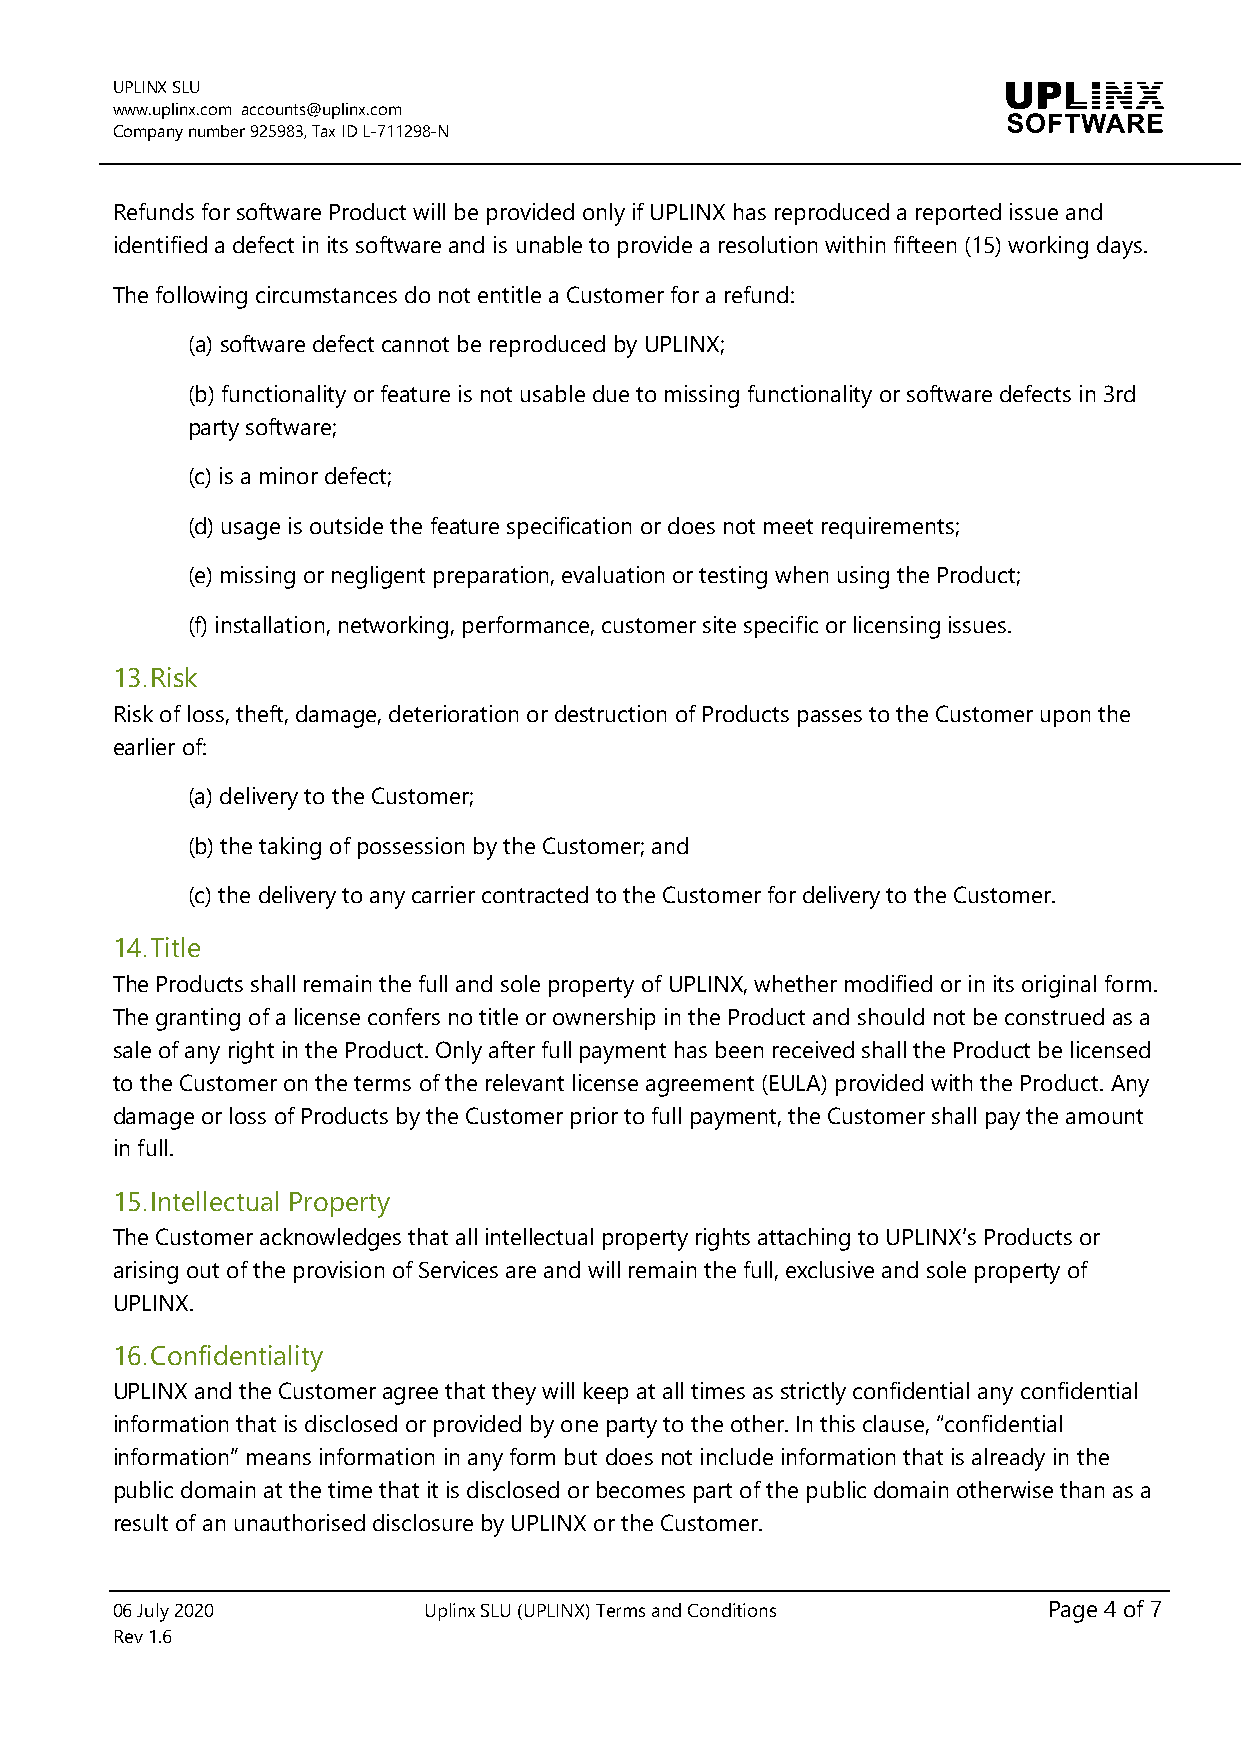
UPLINX SLU
 www.uplinx.com accounts@uplinx.com
 Company number 925983, Tax ID L-711298-N
 Refunds for software Product will be provided only if UPLINX has reproduced a reported issue and
 identified a defect in its software and is unable to provide a resolution within fifteen (15) working days.
 The following circumstances do not entitle a Customer for a refund:
 (a) software defect cannot be reproduced by UPLINX;
 (b) functionality or feature is not usable due to missing functionality or software defects in 3rd
 party software;
 (c) is a minor defect;
 (d) usage is outside the feature specification or does not meet requirements;
 (e) missing or negligent preparation, evaluation or testing when using the Product;
 (f) installation, networking, performance, customer site specific or licensing issues.
 13. Risk
 Risk of loss, theft, damage, deterioration or destruction of Products passes to the Customer upon the
 earlier of:
 (a) delivery to the Customer;
 (b) the taking of possession by the Customer; and
 (c) the delivery to any carrier contracted to the Customer for delivery to the Customer.
 14. Title
 The Products shall remain the full and sole property of UPLINX, whether modified or in its original form.
 The granting of a license confers no title or ownership in the Product and should not be construed as a
 sale of any right in the Product. Only after full payment has been received shall the Product be licensed
 to the Customer on the terms of the relevant license agreement (EULA) provided with the Product. Any
 damage or loss of Products by the Customer prior to full payment, the Customer shall pay the amount
 in full.
 15. Intellectual Property
 The Customer acknowledges that all intellectual property rights attaching to UPLINX’s Products or
 arising out of the provision of Services are and will remain the full, exclusive and sole property of
 UPLINX.
 16. Confidentiality
 UPLINX and the Customer agree that they will keep at all times as strictly confidential any confidential
 information that is disclosed or provided by one party to the other. In this clause, “confidential
 information” means information in any form but does not include information that is already in the
 public domain at the time that it is disclosed or becomes part of the public domain otherwise than as a
 result of an unauthorised disclosure by UPLINX or the Customer.
 06 July 2020         Uplinx SLU (UPLINX) Terms and Conditions Page 4 of 7
 Rev 1.6